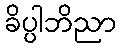
ခိပ္ပါဘိညာ